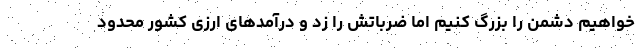
‌خواهیم دشمن را بزرگ کنیم اما ضرباتش را زد و درآمدهای ارزی کشور محدود